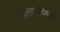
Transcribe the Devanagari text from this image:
सिलाप्पाडिकारम